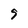
Character: 9